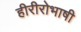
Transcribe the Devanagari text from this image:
हीरीरोभाषी